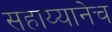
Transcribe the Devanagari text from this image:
सहाय्यानेच